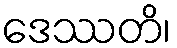
ဒေဿတိ၊